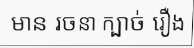
មាន រចនា ក្បាច់ រឿង